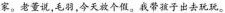
家。老董说，毛羽，今天放个假。我带孩子出去玩玩。